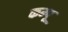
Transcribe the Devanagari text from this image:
कम्पू